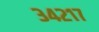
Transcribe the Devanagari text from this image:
३४२१७